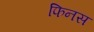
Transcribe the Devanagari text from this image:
फिनस